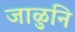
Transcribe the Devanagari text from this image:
जाळुनि